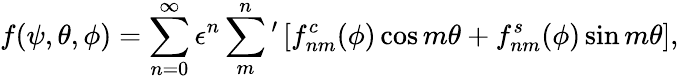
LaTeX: f(\psi,\theta,\phi)=\sum_{n=0}^{\infty}\epsilon^{n}\sum_{m}^{n}{}^{\prime}\left[f_{nm}^{c}(\phi)\cos m\theta+f_{nm}^{s}(\phi)\sin m\theta\right],